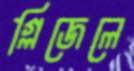
গ্লিজেলে